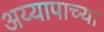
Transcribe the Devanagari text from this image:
अय्यापाच्या